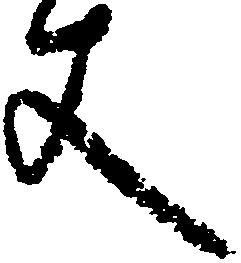
丈